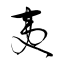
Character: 夷